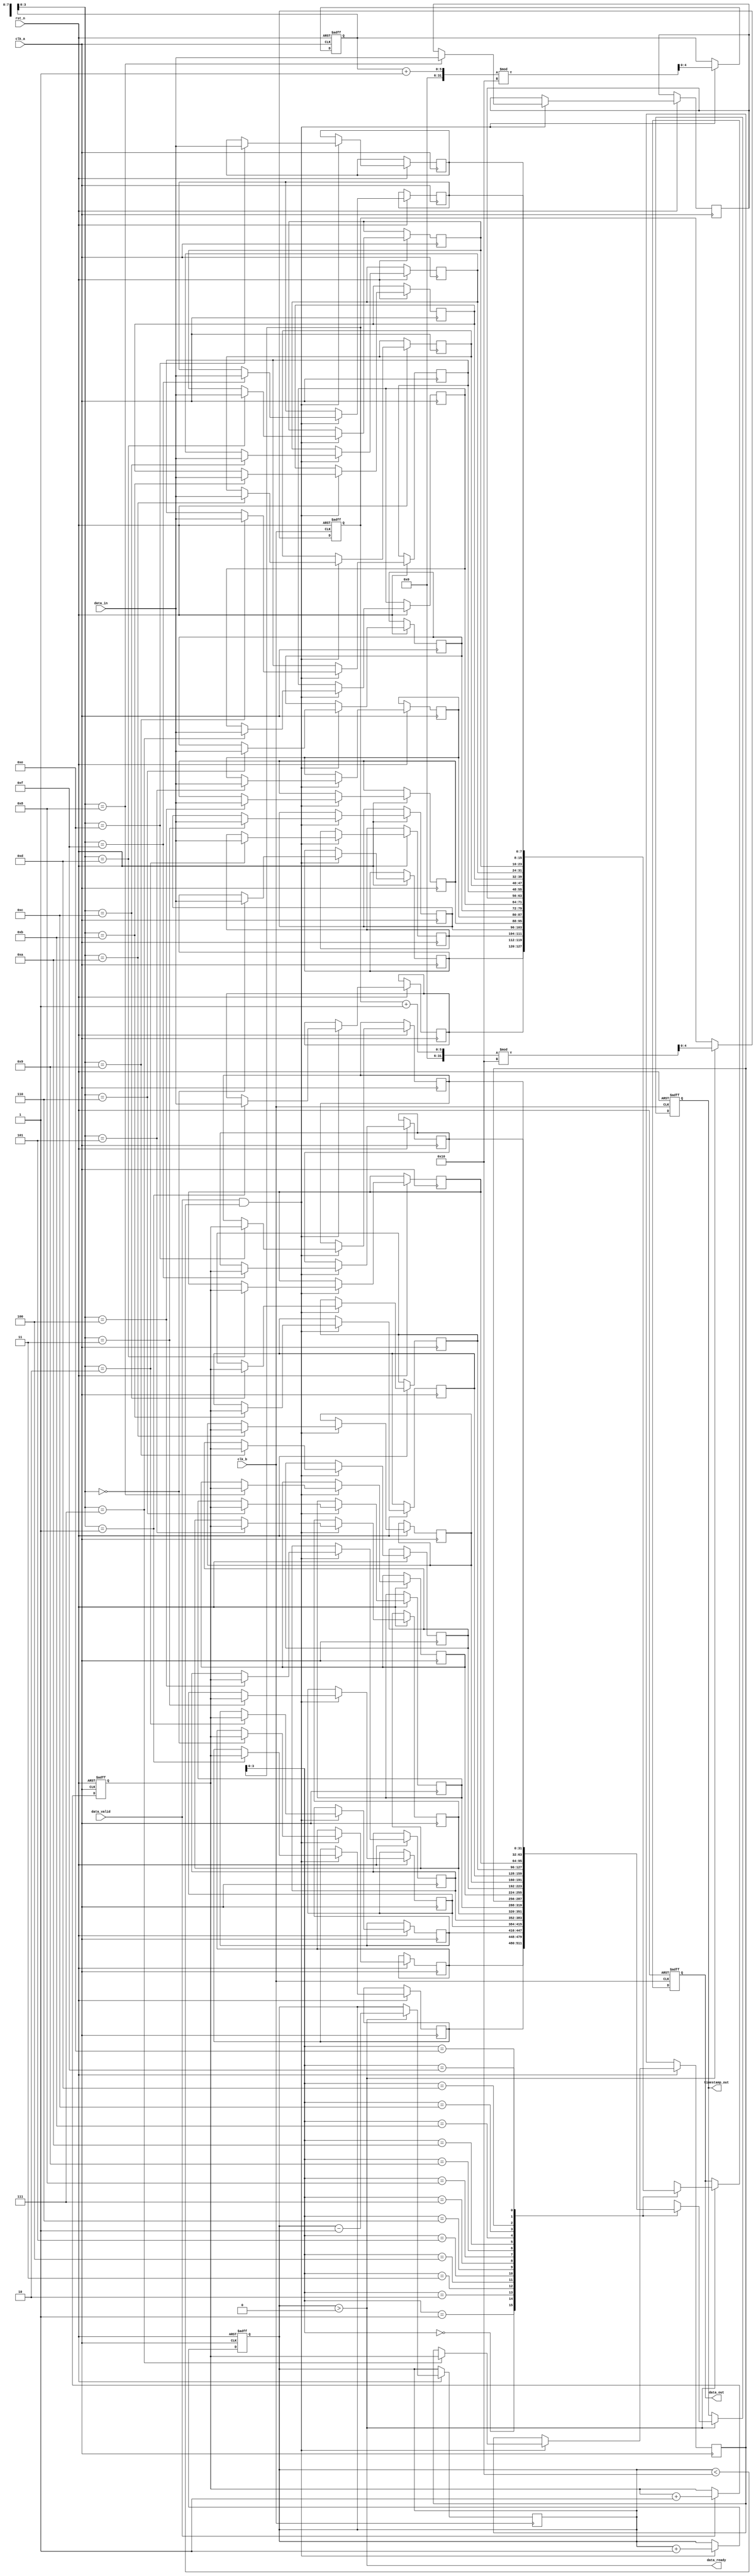
module time_stamped_synchronizer #(
    parameter DATA_WIDTH = 8,      // Width of the data
    parameter TIMESTAMP_WIDTH = 32, // Width of the timestamp
    parameter FIFO_DEPTH = 16       // Depth of FIFO
) (
    input  wire clk_a,                       // Clock_A
    input  wire clk_b,                       // Clock_B
    input  wire rst_n,                       // Active low reset
    input  wire [DATA_WIDTH-1:0] data_in,   // Input data
    input  wire data_valid,                  // Data valid signal
    output wire [DATA_WIDTH-1:0] data_out,  // Output data
    output wire [TIMESTAMP_WIDTH-1:0] timestamp_out, // Output timestamp
    output wire data_ready                   // Output valid data flag
);

    // FIFO Buffer Declaration
    reg [DATA_WIDTH-1:0] fifo_data [0:FIFO_DEPTH-1];
    reg [TIMESTAMP_WIDTH-1:0] fifo_timestamp [0:FIFO_DEPTH-1];
    reg [4:0] wr_ptr;  // Write pointer
    reg [4:0] rd_ptr;  // Read pointer
    reg [4:0] count;    // Current FIFO count
    reg [TIMESTAMP_WIDTH-1:0] timestamp; // Current timestamp

    // Generate timestamp on Clock_A
    always @(posedge clk_a or negedge rst_n) begin
        if (!rst_n) begin
            timestamp <= 0;
        end else if (data_valid) begin
            timestamp <= timestamp + 1; // Simple timestamp increment
        end
    end

    // Write to FIFO on Clock_A
    always @(posedge clk_a or negedge rst_n) begin
        if (!rst_n) begin
            wr_ptr <= 0;
            count <= 0;
        end else if (data_valid && (count < FIFO_DEPTH)) begin
            fifo_data[wr_ptr] <= data_in;
            fifo_timestamp[wr_ptr] <= timestamp;
            wr_ptr <= (wr_ptr + 1) % FIFO_DEPTH;
            count <= count + 1;
        end
    end

    // Synchronization logic for reading from FIFO
    reg [DATA_WIDTH-1:0] data_out_sync;
    reg [TIMESTAMP_WIDTH-1:0] timestamp_out_sync;

    always @(posedge clk_b or negedge rst_n) begin
        if (!rst_n) begin
            rd_ptr <= 0;
            data_out_sync <= 0;
            timestamp_out_sync <= 0;
        end else if (count > 0) begin
            data_out_sync <= fifo_data[rd_ptr];
            timestamp_out_sync <= fifo_timestamp[rd_ptr];
            rd_ptr <= (rd_ptr + 1) % FIFO_DEPTH;
            count <= count - 1;
        end
    end

    // Outputs assignments
    assign data_out = data_out_sync;
    assign timestamp_out = timestamp_out_sync;
    assign data_ready = (count > 0);

endmodule